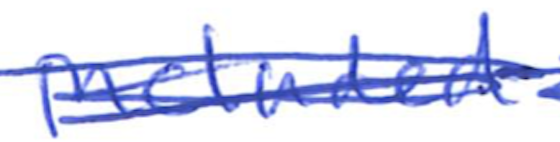
Text: included
Cross-out: scratch
Writing tool: ballpoint